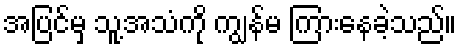
အပြင်မှ သူ့အသံကို ကျွန်မ ကြားနေခဲ့သည်။